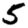
Digit: 5